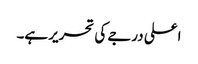
اعلی درجے کی تحریر ہے۔